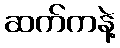
ဆက်ကနဲ့